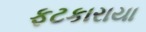
ફટકારાયા